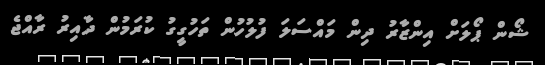
ޝޯން ޕޯލަށް އިންޒާރު ދިން މައްސަލަ ފުލުހުން ތަހުގީގު ކުރަމުން ދާއިރު ރާއްޖެ